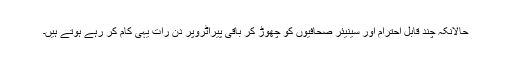
حالانکہ چند قابل احترام اور سینیئر صحافیوں کو چھوڑ کر باقی پیراٹروپر دن رات یہی کام کر رہے ہوتے ہیں۔